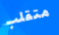
متقلب